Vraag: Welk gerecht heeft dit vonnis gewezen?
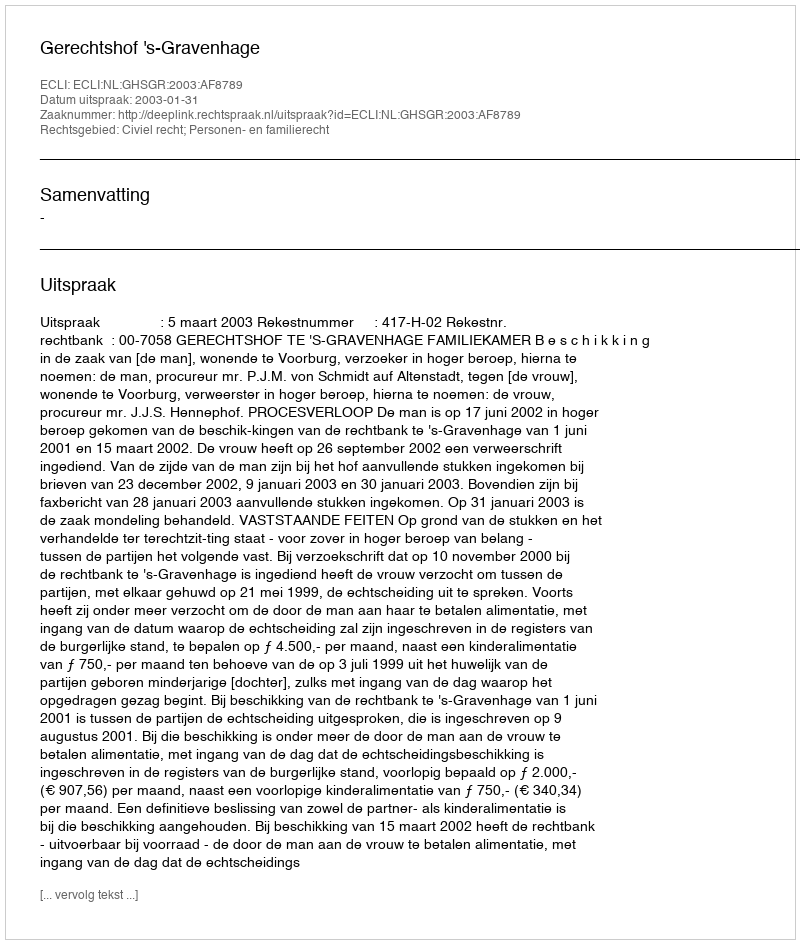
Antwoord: Gerechtshof 's-Gravenhage